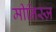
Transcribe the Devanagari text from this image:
मीनिस्ज़